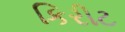
કિરીટ